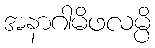
အနာဂါမိဖလမ္ပိ